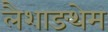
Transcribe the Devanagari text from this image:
लैशाङथेम